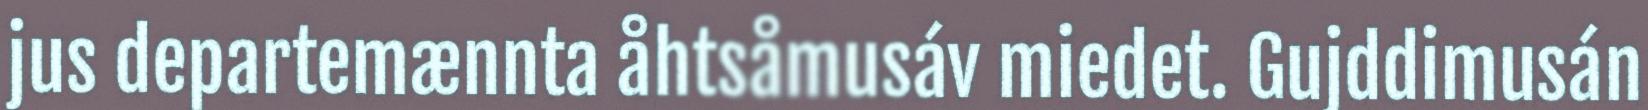
jus departemænnta åhtsåmusáv miedet. Gujddimusán